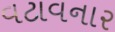
વટાવનાર